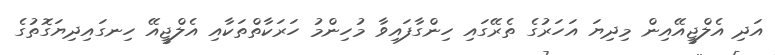
އަދި އެލްޖީއޭއިން މިދިޔަ އަހަރުގެ ތެރޭގައި ހިންގާފައިވާ މުހިންމު ހަރަކާތްތަކާއި އެލްޖީއޭ ހިނގައިދިޔަގޮތުގެ